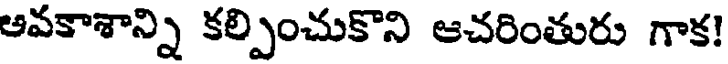
ఆవకాశాన్ని కల్పించుకొని ఆచరింతురు గాక!